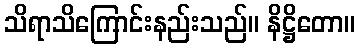
သိရာသိကြောင်းနည်းသည်။ နိဋ္ဌိတော။